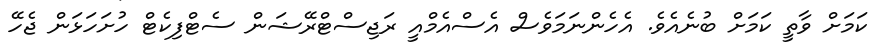
ކަމަށް ވާތީ ކަމަށް ބުނެއެވެ. އެހެންނަމަވެސް އެސްއެމްއީ ރަޖިސްޓްރޭޝަން ސެޓްފިކެޓް ހުށަހަޅަން ޖެހޭ